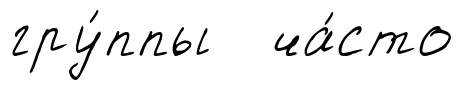
гру́ппы ча́сто